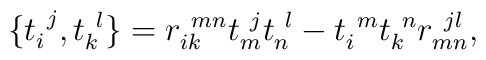
\{ t_{i}^{~j},t_{k}^{~l}\}=r_{ik}^{~mn}t_{m}^{~j}t_{n}^{~l}-t_{i}^{~m}t_{k}^{~n}r_{mn}^{~jl},